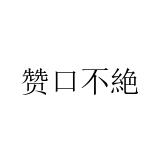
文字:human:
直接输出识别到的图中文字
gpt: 赞口不絶